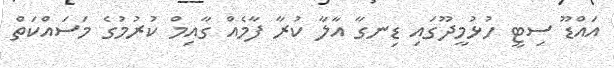
އައްޑޫ ސިޓީ ހުޅުމީދޫގައި ޑިނގާ އާލާ ކުރާ ފާމެއް ގާއިމް ކުރުމުގެ މަސައްކަތް